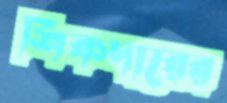
শিকদারের